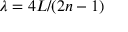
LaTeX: \lambda = 4 L / ( 2 n - 1 )